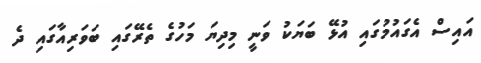
އައިސް އެގައުމުގައި އުޅޭ ބަޔަކު ވަނީ މިދިޔަ މަހުގެ ތެރޭގައި ބަވަރިއާގައި ދެ